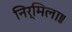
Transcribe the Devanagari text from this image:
निर्मिला॥